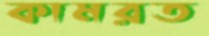
কামরত